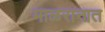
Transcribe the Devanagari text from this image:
माळरानात